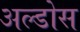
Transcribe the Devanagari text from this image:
अल्डोस